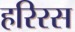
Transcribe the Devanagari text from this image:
हरिरस